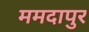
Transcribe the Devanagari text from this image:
ममदापुर